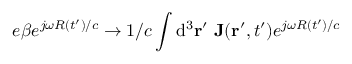
e \boldsymbol { \beta } e ^ { j \omega R ( t ^ { \prime } ) / c } \rightarrow 1 / c \int \mathrm { d } ^ { 3 } { \bf r } ^ { \prime } \ \mathbf { J } ( { \bf r } ^ { \prime } , t ^ { \prime } ) e ^ { j \omega R ( t ^ { \prime } ) / c }